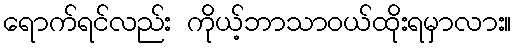
ရောက်ရင်လည်း ကိုယ့်ဘာသာဝယ်ထိုးရမှာလား။